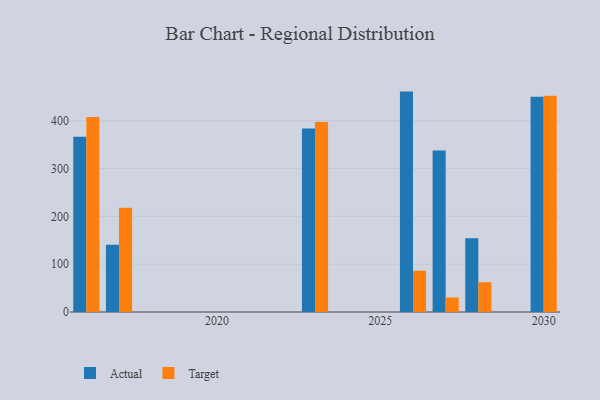
{"axis": {"x": "Year", "y": "Latency (ms)"}, "legend": ["Actual", "Target"], "data": [{"x": "2026", "y": 461.1, "type": "Actual"}, {"x": "2026", "y": 86.4, "type": "Target"}, {"x": "2027", "y": 337.7, "type": "Actual"}, {"x": "2027", "y": 30.3, "type": "Target"}, {"x": "2030", "y": 450.2, "type": "Actual"}, {"x": "2030", "y": 452.3, "type": "Target"}, {"x": "2023", "y": 383.8, "type": "Actual"}, {"x": "2023", "y": 397.3, "type": "Target"}, {"x": "2028", "y": 154.5, "type": "Actual"}, {"x": "2028", "y": 62.3, "type": "Target"}, {"x": "2017", "y": 140.5, "type": "Actual"}, {"x": "2017", "y": 218.0, "type": "Target"}, {"x": "2016", "y": 366.5, "type": "Actual"}, {"x": "2016", "y": 407.7, "type": "Target"}]}